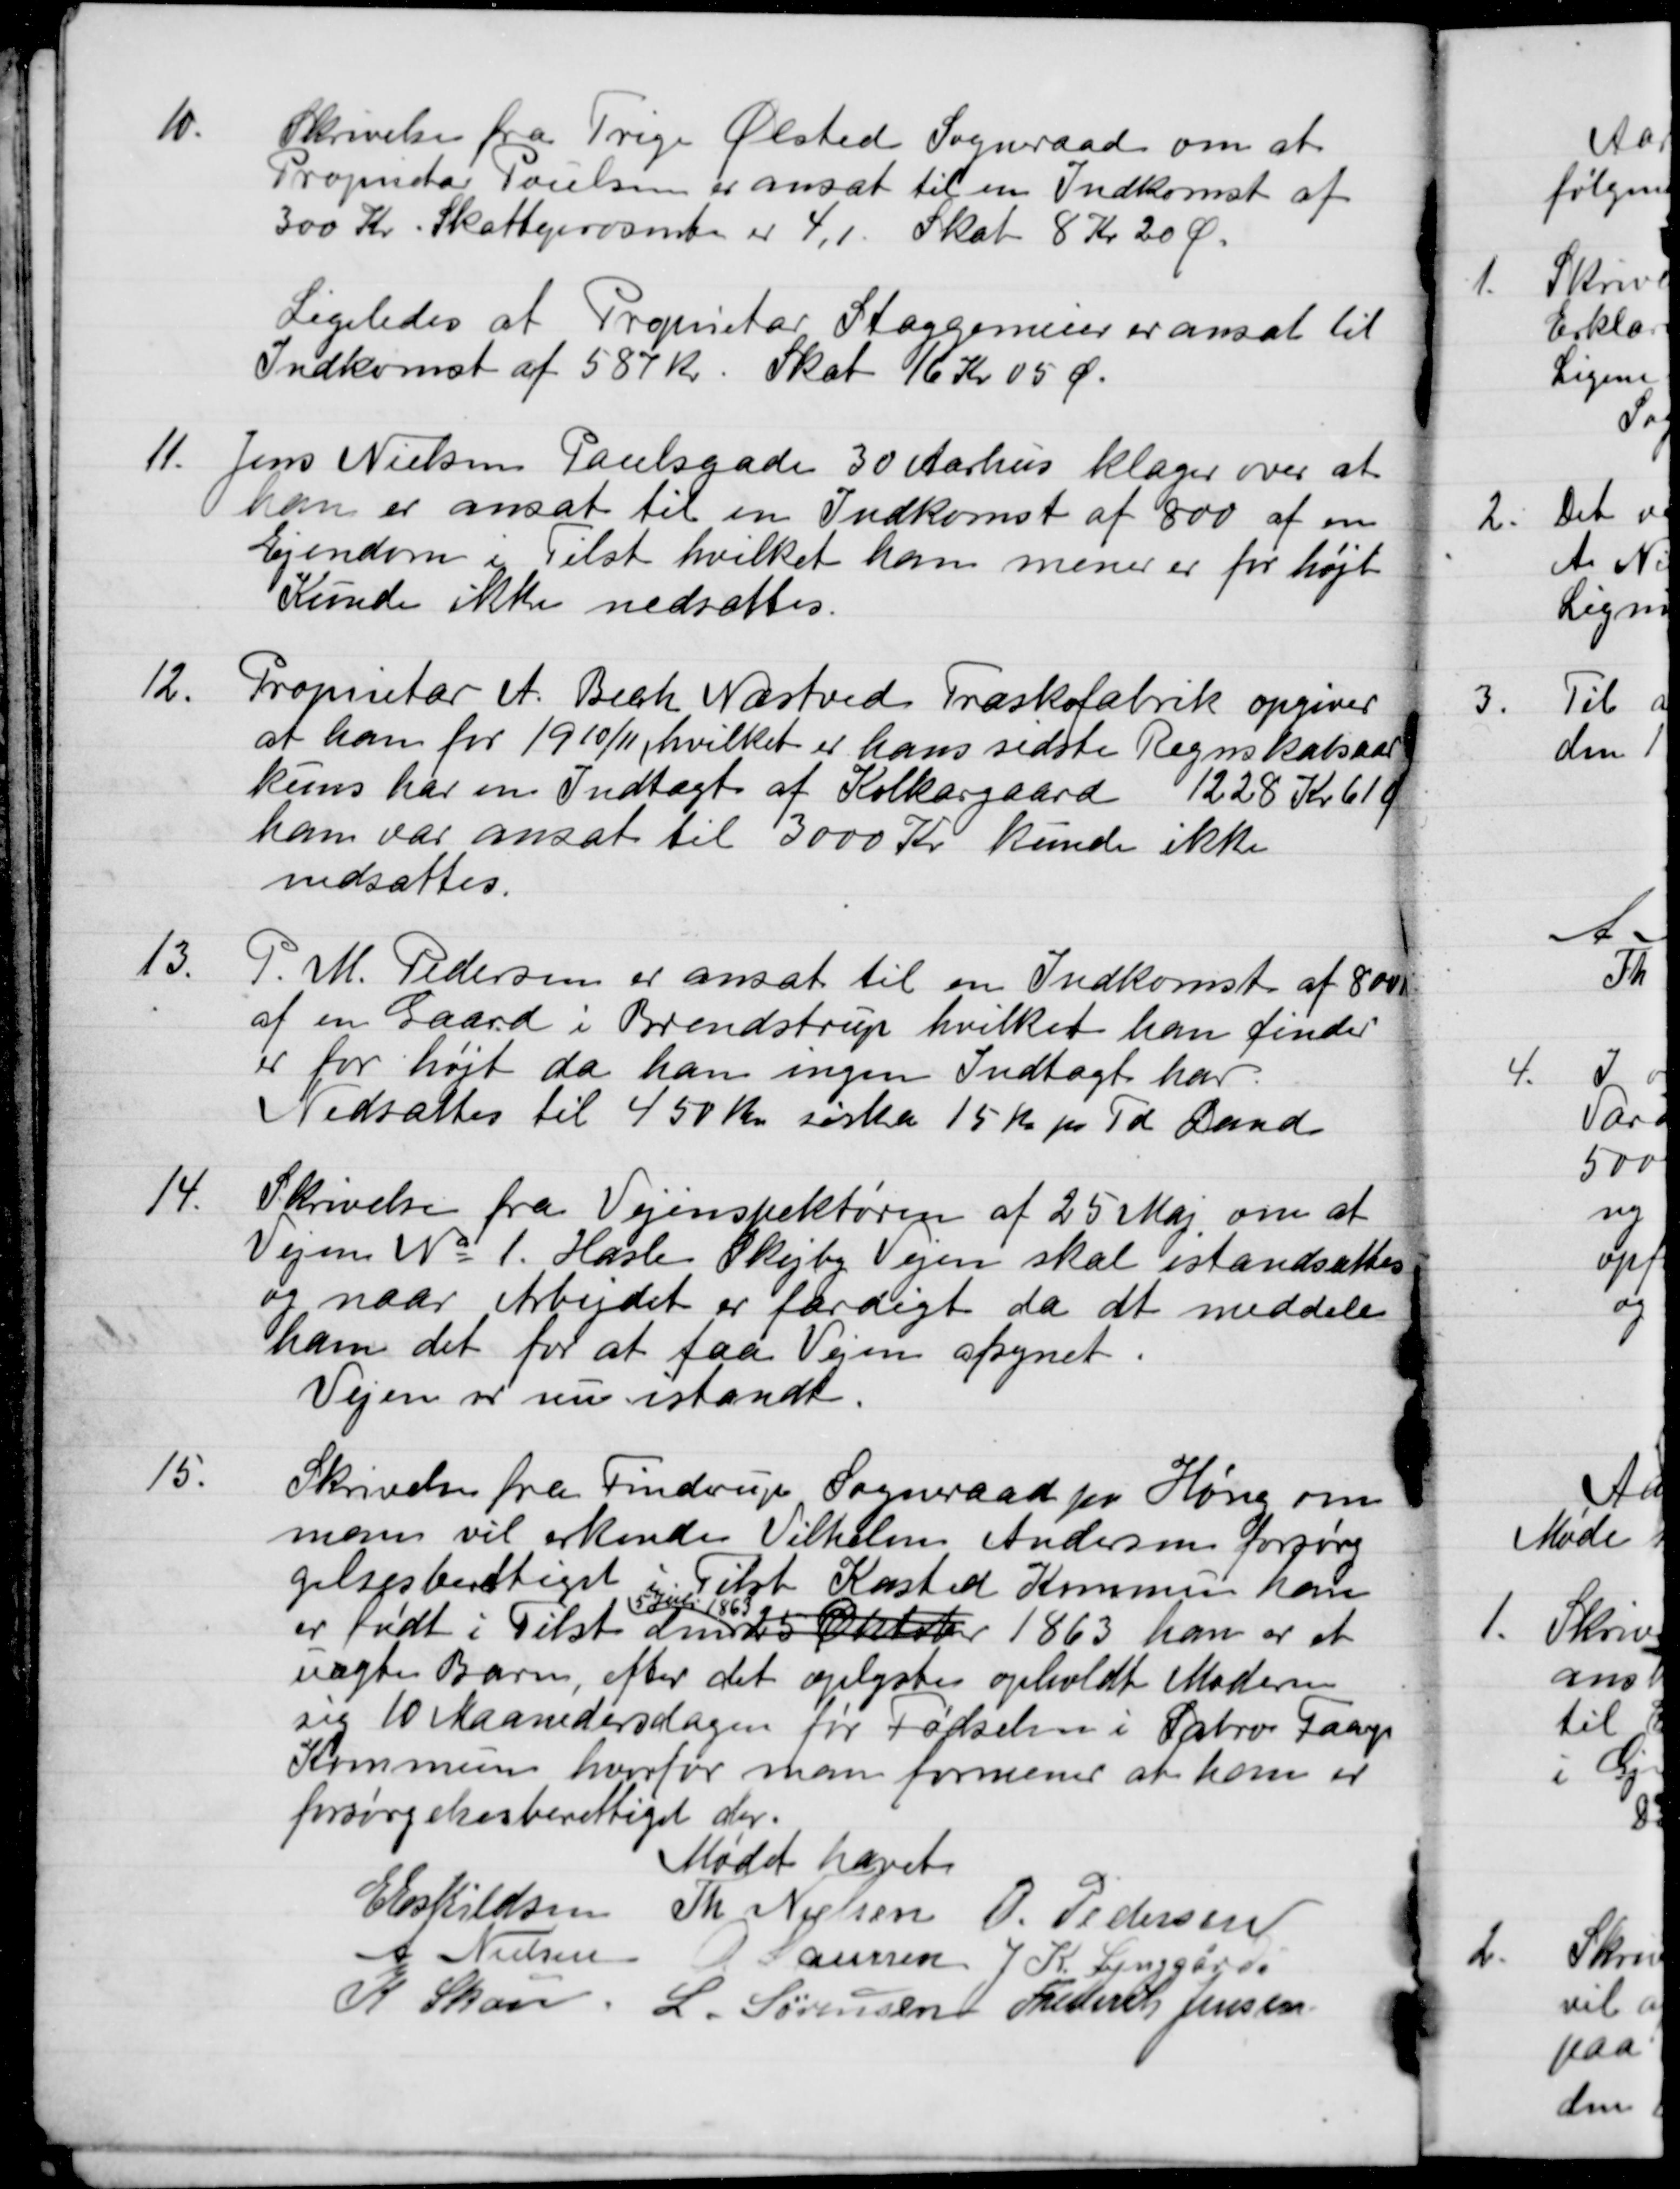
Transskription:
10.
Skrivelse fra Trige Ølsted Sogneraad om at
Proprietær Poulsen er ansat til en Indkomst af
300 Kr. Skatteprosente er 4,1. Skat 8 Kr 20 Ø.
Ligeledes at Proprietær Staggemeier er ansat til
Indkomst af 587 Kr. Skat 16 Kr 05 Ø.
11.
Jens Nielsen Paulsgade 30 Aarhus klager over at 
han er ansat til en Indkomst af 800 af en
Ejendom i Tilst hvilket han mener er for højt
Kunde ikke nedsættes.
12.
Proprietær A. Bech Næstved Træskofabrik opgiver
at han for 1910/11, hvilket er hans sidste Regnskabsaar
kuns har en Indtægt af Kolkærgaard 1228 Kr 61 Ø
han var ansat til 3000 Kr kunde ikke
nedsættes.
13.
P. M. Pedersen er ansat til en Indkomst af 800 Kr
af en Gaard i Brendstrup hvilket han finder
er for højt da han ingen Indtægt har.
Nedsattes til 450 Kr. zirka 15 Kr pr Td Land
14.
Skrivelse fra Vejinspektøren af 25 Maj, om at
Vejen No 1. Hasle Skejby Vejen skal istandsættes
og naar Arbejdet er færdigt da at meddele
ham det for at faa Vejen afsynet.
Vejen og nu istandt.
15.
Skrivelse fra Findrup Sogneraad pr Høng om
man vil erkende Vilhelm Andersen forsørg-
gelsesberettiget i Tilst Kasted Kommune han
er født i Tilst den
5. Juli 1863
25 Oktober 1863 han er et
uægte Barn, efter det oplyste opholdt Moderen
sig 10 Maanedersdagen for Fødselsen i Sabro Faarup
Kommune hvorfor man formenes at han er
forsørgelsesberettiget der.
Mødet hævet
E Eeskildsen
Th. Nielsen
O. Pedersen
A Nielsen
L Laursen
J. K. Lynggård
K. Skou
L. Sørensen
Frederik Jensen